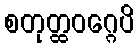
စတုတ္ထဝဂ္ဂေပိ